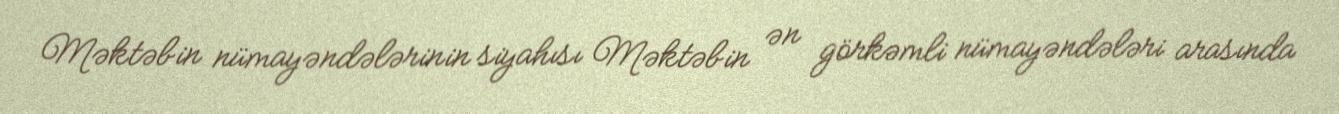
Məktəbin nümayəndələrinin siyahısı Məktəbin ən görkəmli nümayəndələri arasında